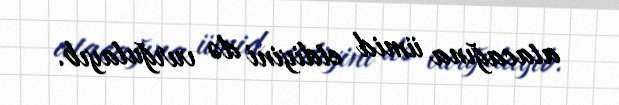
atacağına ümid etdiyini də vurğulayıb.